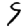
Digit: 9